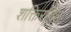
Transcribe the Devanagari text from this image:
शक्तिरहित